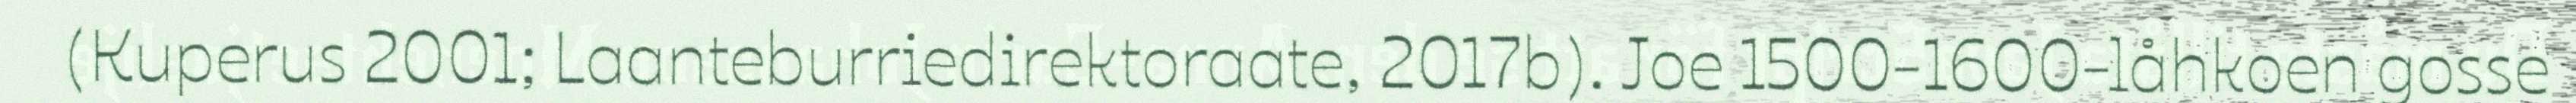
(Kuperus 2001; Laanteburriedirektoraate, 2017b). Joe 1500-1600-låhkoen gosse